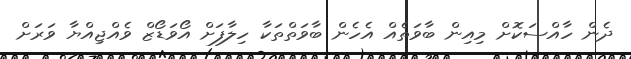
ދެން ހާއްސަކޮށް މިއިން ބާވަތެއް އެހެން ބާވަތްތަކާ ހިލާފަށް އޯވަޑޯޒް ވެއްޖިއްޔާ ވަރަށް